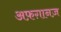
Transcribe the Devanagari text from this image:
अफ़ग़ानज़